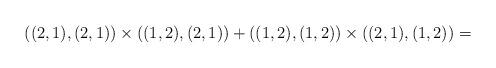
LaTeX: \begin{align*}((2,1),(2,1)) \times ((1,2), (2,1)) + ((1,2),(1,2)) \times((2,1),(1,2)) =\end{align*}